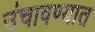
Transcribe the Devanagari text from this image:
उंचावण्यात